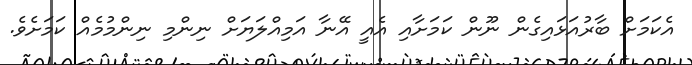
އެކަމަށް ބާރުއަޅައިގެން ނޫން ކަމަށާއި އެއީ އޭނާ އަމިއްލަޔަށް ނިންމި ނިންމުމެއް ކަމަށެވެ.